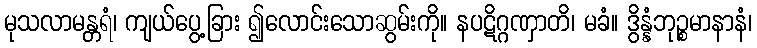
မုသလာမန္တရံ၊ ကျယ်ပွေ့ခြား ၍လောင်းသောဆွမ်းကို။ နပဋိဂ္ဂဏှာတိ၊ မခံ။ ဒွိန္နံဘုဉ္စမာနာနံ၊